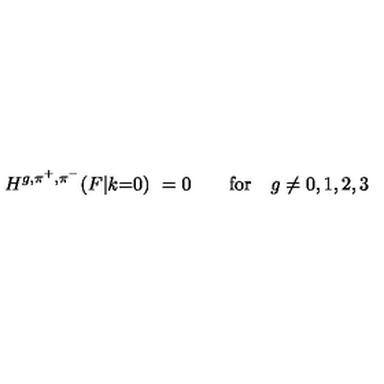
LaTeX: H ^ { g , \pi ^ { + } , \pi ^ { - } } ( F | k { = } 0 ) \ = 0 \qquad \mathrm { f o r } \quad g \neq 0 , 1 , 2 , 3